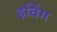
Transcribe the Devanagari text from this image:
इविंग